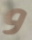
و